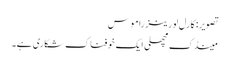
تصویر: کارل لورینز راموس
مینڈک مچھلی ایک خوفناک شکاری ہے۔